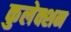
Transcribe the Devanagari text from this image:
कुलेक्शन